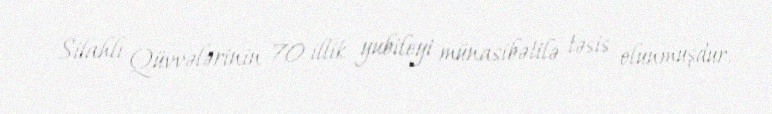
Silahlı Qüvvələrinin 70 illik yubileyi münasibətilə təsis olunmuşdur.